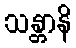
သန္တာနိ